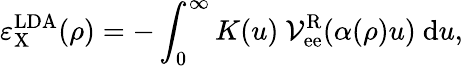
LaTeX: \varepsilon_{\mathrm{X}}^{\mathrm{LDA}}(\rho)=-\int_{0}^{\infty}{K(u)\ \mathcal{V}_{\mathrm{ee}}^{\mathrm{R}}(\alpha(\rho)u)\ \mathrm{d}u},